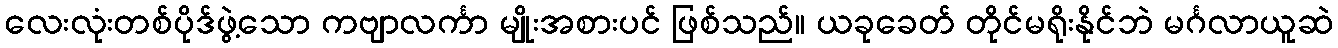
လေးလုံးတစ်ပိုဒ်ဖွဲ့သော ကဗျာလင်္ကာ မျိုးအစားပင် ဖြစ်သည်။ ယခုခေတ် တိုင်မရိုးနိုင်ဘဲ မင်္ဂလာယူဆဲ